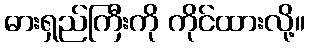
ဓားရှည်ကြီးကို ကိုင်ထားလို့။